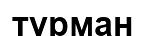
түрман